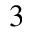
^ 3